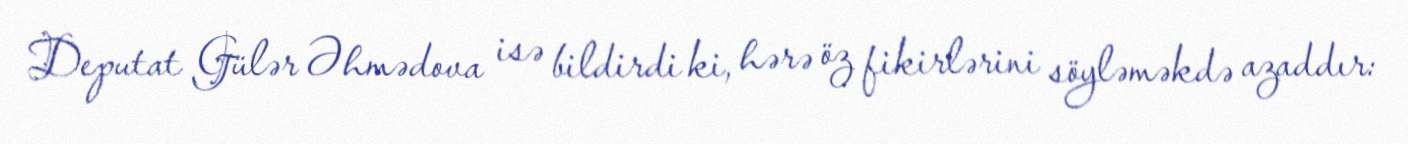
Deputat Gülər Əhmədova isə bildirdi ki, hərə öz fikirlərini söyləməkdə azaddır: